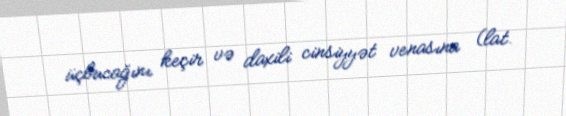
üçbucağını keçir və daxili cinsiyyət venasına (lat.